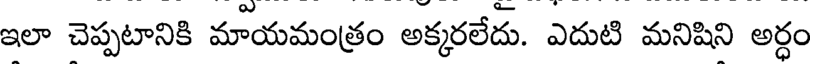
ఇలా చెప్పటానికి మాయమంత్రం అక్కరలేదు. ఎదుటి మనిషిని అర్ధం